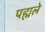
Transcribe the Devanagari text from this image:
पह्मले